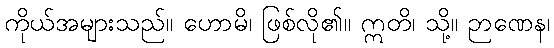
ကိုယ်အများသည်။ ဟောမိ၊ ဖြစ်လို၏။ ဣတိ၊ သို့။ ဉာဏေန၊